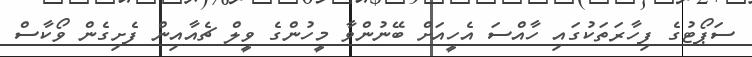
ސަޕޯޓުގެ ފިހާރަތަކުގައި ހާއްސަ އެހީއަށް ބޭނުންވާ މީހުންގެ ވީލް ޗެއާއިން ފެށިގެން ވޯކާސް